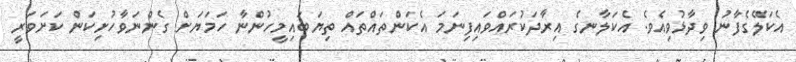
އެކަލޭގެފާނު ވިދާޅުވިއެވެ. އެކަލާނގެ އިރާދަކުރައްވައިފިނަމަ އެކަންތައްތައް ތިޔަބައިމީހުންނާ ހަމަޔަށް ގެންނަވާހުށިކަން ކަށަވަރީ